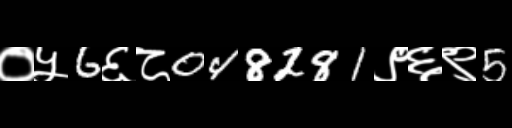
Text: ०५6६८048281९६९5